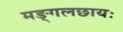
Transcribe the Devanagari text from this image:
मङ्गलछायः